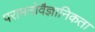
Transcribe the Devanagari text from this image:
परामनोवैज्ञानिकता